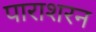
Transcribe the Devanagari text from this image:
पाराशरन